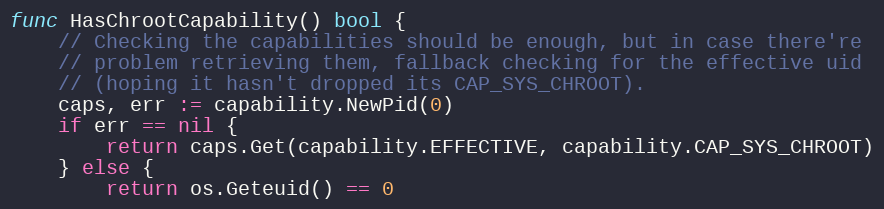
Language: Go
func HasChrootCapability() bool {
	// Checking the capabilities should be enough, but in case there're
	// problem retrieving them, fallback checking for the effective uid
	// (hoping it hasn't dropped its CAP_SYS_CHROOT).
	caps, err := capability.NewPid(0)
	if err == nil {
		return caps.Get(capability.EFFECTIVE, capability.CAP_SYS_CHROOT)
	} else {
		return os.Geteuid() == 0